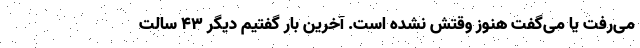
می‌رفت یا می‌گفت هنوز وقتش نشده است. آخرین بار گفتیم دیگر ۴۳ سالت